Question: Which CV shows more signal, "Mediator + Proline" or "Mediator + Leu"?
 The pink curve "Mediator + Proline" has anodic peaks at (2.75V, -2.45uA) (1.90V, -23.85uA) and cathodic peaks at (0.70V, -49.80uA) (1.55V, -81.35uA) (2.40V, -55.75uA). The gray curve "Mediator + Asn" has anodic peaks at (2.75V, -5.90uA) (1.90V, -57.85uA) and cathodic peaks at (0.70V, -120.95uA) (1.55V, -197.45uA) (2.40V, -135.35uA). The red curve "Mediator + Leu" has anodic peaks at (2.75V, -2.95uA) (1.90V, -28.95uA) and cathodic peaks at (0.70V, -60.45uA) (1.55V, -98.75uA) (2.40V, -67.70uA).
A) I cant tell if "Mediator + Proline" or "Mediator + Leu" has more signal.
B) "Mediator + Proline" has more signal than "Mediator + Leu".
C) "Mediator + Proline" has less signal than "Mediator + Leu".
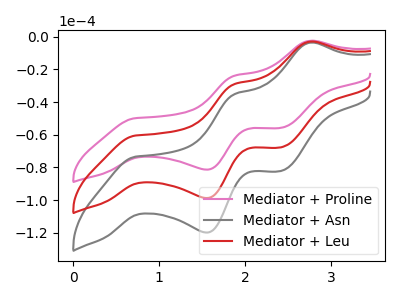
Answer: <think>All the peaks in "Mediator + Proline" have a peak in "Mediator + Leu" at the same potential.
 </think>
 <answer>A) I cant tell if "Mediator + Proline" or "Mediator + Leu" has more signal.</answer>
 <eval>A</eval>